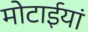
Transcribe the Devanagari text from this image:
मोटाईयां